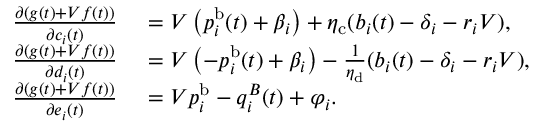
\begin{array} { r l } { \frac { \partial ( g ( t ) + V f ( t ) ) } { \partial c _ { i } ( t ) } ~ } & { = V \left( p _ { i } ^ { \mathrm { b } } ( t ) + \beta _ { i } \right) + \eta _ { \mathrm { c } } ( b _ { i } ( t ) - \delta _ { i } - r _ { i } V ) , } \\ { \frac { \partial ( g ( t ) + V f ( t ) ) } { \partial d _ { i } ( t ) } ~ } & { = V \left( - p _ { i } ^ { \mathrm { b } } ( t ) + \beta _ { i } \right) - \frac { 1 } { \eta _ { \mathrm { d } } } ( b _ { i } ( t ) - \delta _ { i } - r _ { i } V ) , } \\ { \frac { \partial ( g ( t ) + V f ( t ) ) } { \partial e _ { i } ( t ) } ~ } & { = V p _ { i } ^ { \mathrm { b } } - q _ { i } ^ { B } ( t ) + \varphi _ { i } . } \end{array}